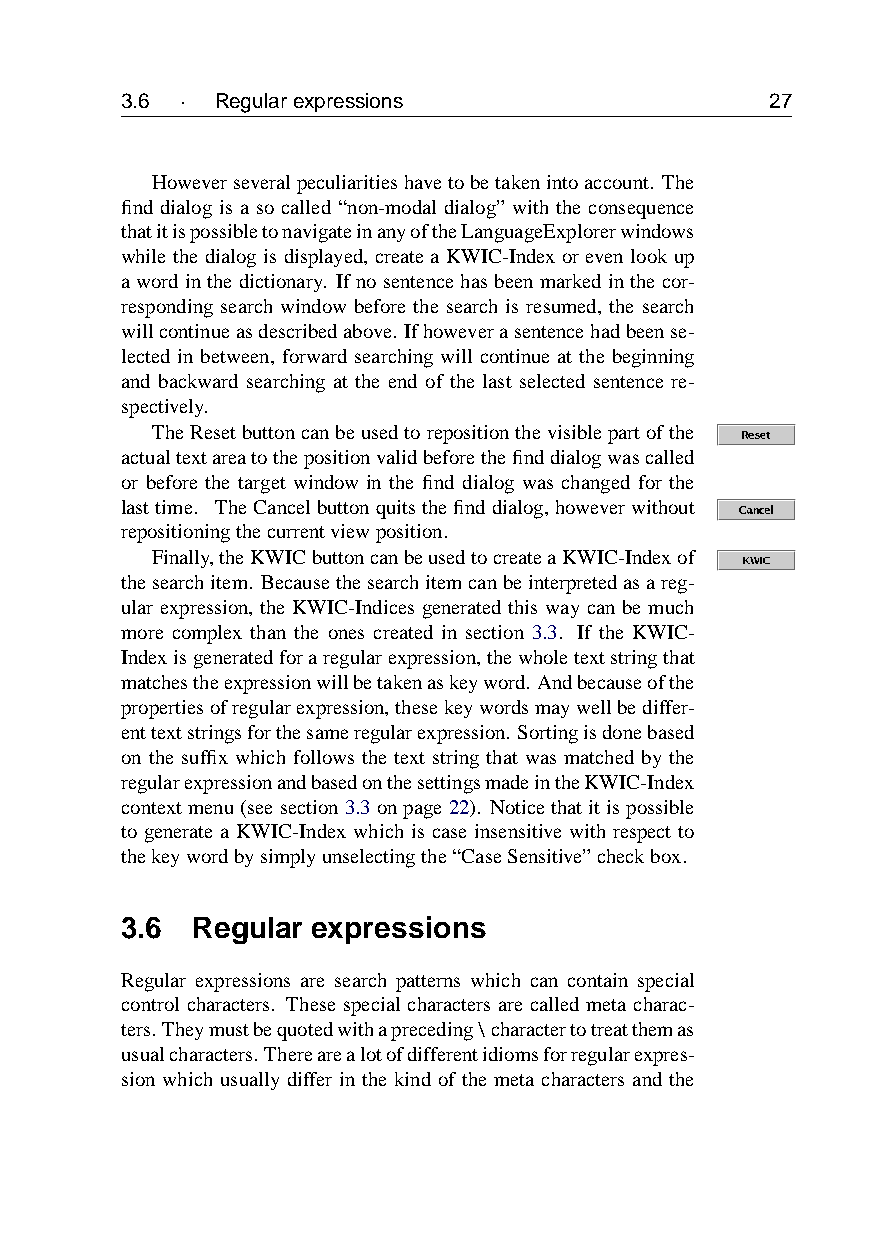
3.6 · Regularexpressions                   27
 Howeverseveralpeculiaritieshavetobetakenintoaccount. The
 find dialog is a so called “non-modal dialog” with the consequence
 thatitispossibletonavigateinanyoftheLanguageExplorerwindows
 while the dialog is displayed, create a KWIC-Index or even look up
 awordinthedictionary. Ifnosentencehasbeenmarkedinthecor-
 responding search window before the search is resumed, the search
 willcontinueasdescribedabove. Ifhoweverasentencehadbeense-
 lected in between, forward searching will continue at the beginning
 and backward searching at the end of the last selected sentence re-
 spectively.
 TheResetbuttoncanbeusedtorepositionthevisiblepartofthe
 actualtextareatothepositionvalidbeforethefinddialogwascalled
 or before the target window in the find dialog was changed for the
 lasttime. TheCancelbuttonquitsthefinddialog,howeverwithout
 repositioningthecurrentviewposition.
 Finally,theKWICbuttoncanbeusedtocreateaKWIC-Indexof
 thesearchitem. Becausethesearchitemcanbeinterpretedasareg-
 ular expression, the KWIC-Indices generated this way can be much
 more complex than the ones created in section 3.3. If the KWIC-
 Indexisgeneratedforaregularexpression,thewholetextstringthat
 matchestheexpressionwillbetakenaskeyword.Andbecauseofthe
 propertiesofregularexpression,thesekeywordsmaywellbediffer-
 enttextstringsforthesameregularexpression. Sortingisdonebased
 on the suffix which follows the text string that was matched by the
 regularexpressionandbasedonthesettingsmadeintheKWIC-Index
 contextmenu(seesection3.3onpage22). Noticethatitispossible
 to generate a KWIC-Index which is case insensitive with respect to
 thekeywordbysimplyunselectingthe“CaseSensitive”checkbox.
 3.6  Regular expressions
 Regular expressions are search patterns which can contain special
 control characters. These special characters are called meta charac-
 ters.Theymustbequotedwithapreceding\charactertotreatthemas
 usualcharacters.Therearealotofdifferentidiomsforregularexpres-
 sion which usually differ in the kind of the meta characters and the